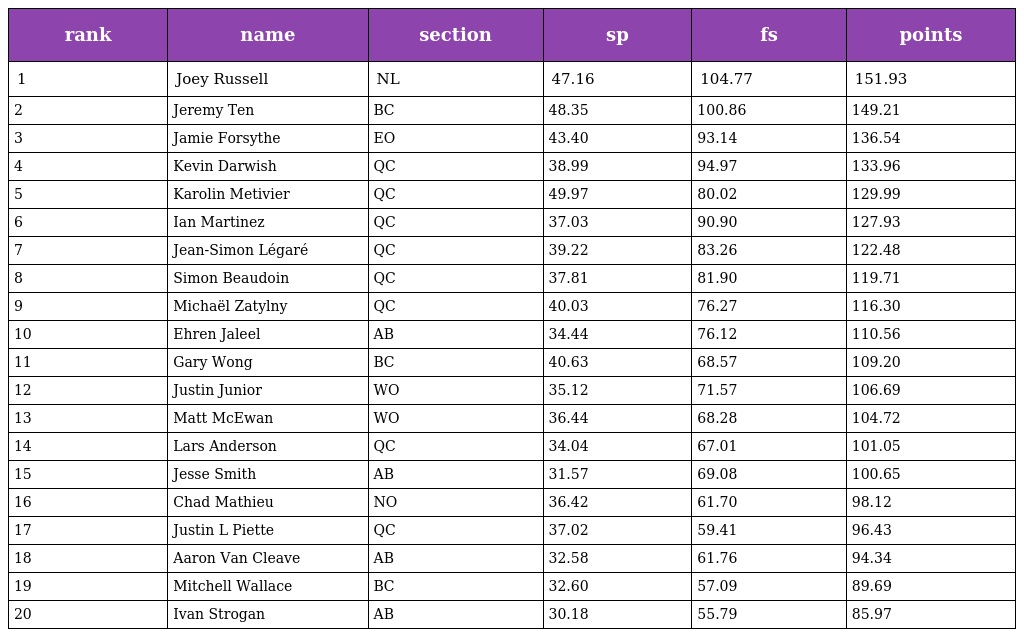
| rank | name | section | sp | fs | points |
 | --- | --- | --- | --- | --- | --- |
 | 1 | Joey Russell | NL | 47.16 | 104.77 | 151.93 |
 | 2 | Jeremy Ten | BC | 48.35 | 100.86 | 149.21 |
 | 3 | Jamie Forsythe | EO | 43.40 | 93.14 | 136.54 |
 | 4 | Kevin Darwish | QC | 38.99 | 94.97 | 133.96 |
 | 5 | Karolin Metivier | QC | 49.97 | 80.02 | 129.99 |
 | 6 | Ian Martinez | QC | 37.03 | 90.90 | 127.93 |
 | 7 | Jean-Simon Légaré | QC | 39.22 | 83.26 | 122.48 |
 | 8 | Simon Beaudoin | QC | 37.81 | 81.90 | 119.71 |
 | 9 | Michaël Zatylny | QC | 40.03 | 76.27 | 116.30 |
 | 10 | Ehren Jaleel | AB | 34.44 | 76.12 | 110.56 |
 | 11 | Gary Wong | BC | 40.63 | 68.57 | 109.20 |
 | 12 | Justin Junior | WO | 35.12 | 71.57 | 106.69 |
 | 13 | Matt McEwan | WO | 36.44 | 68.28 | 104.72 |
 | 14 | Lars Anderson | QC | 34.04 | 67.01 | 101.05 |
 | 15 | Jesse Smith | AB | 31.57 | 69.08 | 100.65 |
 | 16 | Chad Mathieu | NO | 36.42 | 61.70 | 98.12 |
 | 17 | Justin L Piette | QC | 37.02 | 59.41 | 96.43 |
 | 18 | Aaron Van Cleave | AB | 32.58 | 61.76 | 94.34 |
 | 19 | Mitchell Wallace | BC | 32.60 | 57.09 | 89.69 |
 | 20 | Ivan Strogan | AB | 30.18 | 55.79 | 85.97 |